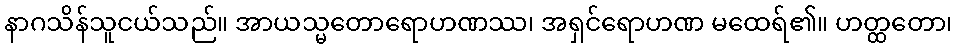
နာဂသိန်သူငယ်သည်။ အာယသ္မတောရောဟဏဿ၊ အရှင်ရောဟဏ မထေရ်၏။ ဟတ္ထတော၊